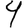
Digit: 4